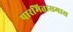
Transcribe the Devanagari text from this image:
पारमितासमास